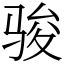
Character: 骏